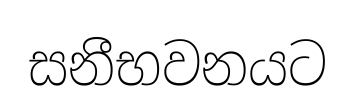
සනීභවනයට